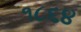
૧૮૬૪